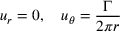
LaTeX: u _ { r } = 0 , \quad u _ { \theta } = { \frac { \Gamma } { 2 \pi r } }